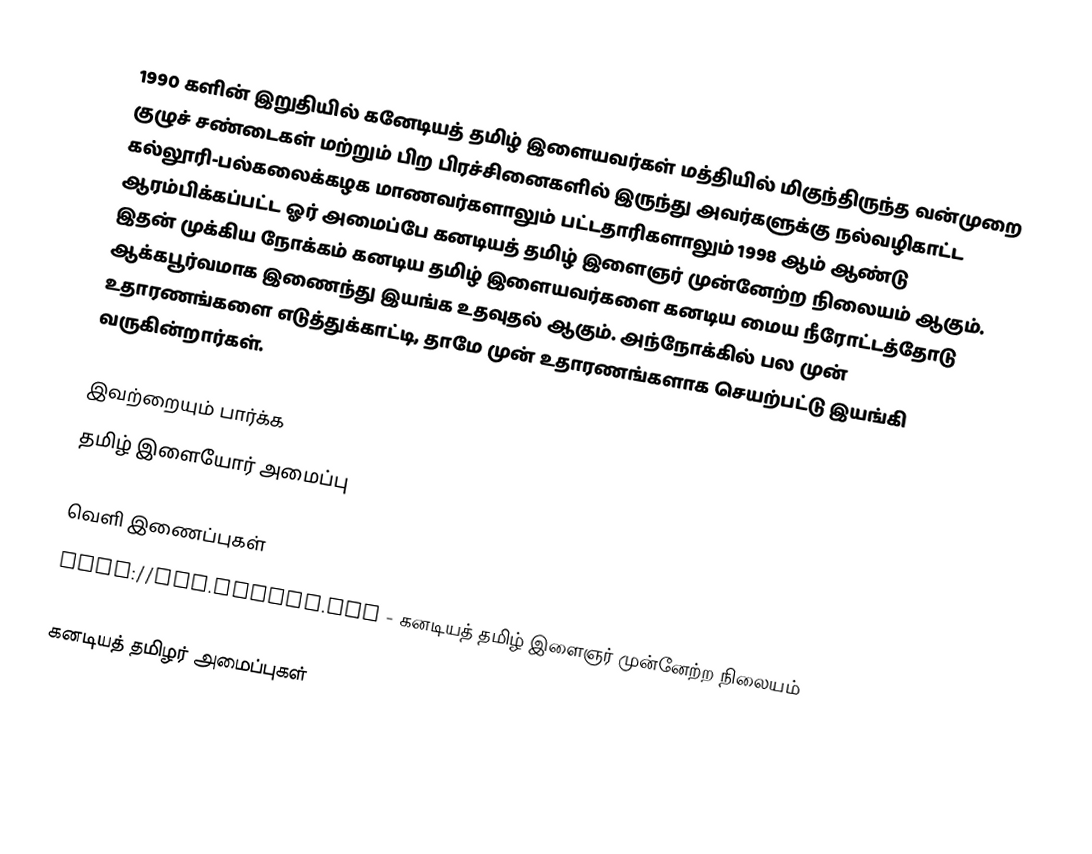
1990 களின் இறுதியில் கனேடியத் தமிழ் இளையவர்கள் மத்தியில் மிகுந்திருந்த வன்முறை குழுச் சண்டைகள் மற்றும் பிற பிரச்சினைகளில் இருந்து அவர்களுக்கு நல்வழிகாட்ட கல்லூரி-பல்கலைக்கழக மாணவர்களாலும் பட்டதாரிகளாலும் 1998 ஆம் ஆண்டு ஆரம்பிக்கப்பட்ட ஓர் அமைப்பே கனடியத் தமிழ் இளைஞர் முன்னேற்ற நிலையம் ஆகும்.  இதன் முக்கிய நோக்கம் கனடிய தமிழ் இளையவர்களை கனடிய மைய நீரோட்டத்தோடு ஆக்கபூர்வமாக இணைந்து இயங்க உதவுதல் ஆகும்.  அந்நோக்கில் பல முன் உதாரணங்களை எடுத்துக்காட்டி, தாமே முன் உதாரணங்களாக செயற்பட்டு இயங்கி வருகின்றார்கள்.

இவற்றையும் பார்க்க
 தமிழ் இளையோர் அமைப்பு

வெளி இணைப்புகள்
 http://www.cantyd.org  - கனடியத் தமிழ் இளைஞர் முன்னேற்ற நிலையம்

கனடியத் தமிழர் அமைப்புகள்